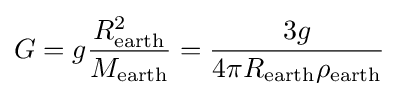
G=g{\frac {R_{\text{earth}}^{2}}{M_{\text{earth}}}}={\frac {3g}{4\pi R_{\text{earth}}\rho _{\text{earth}}}}